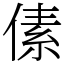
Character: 傃